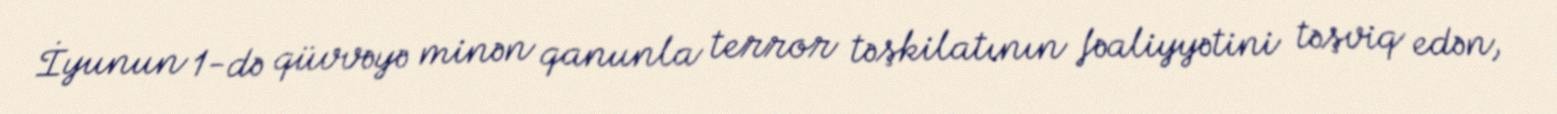
İyunun 1-də qüvvəyə minən qanunla terror təşkilatının fəaliyyətini təşviq edən,